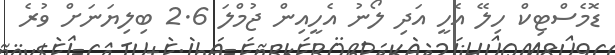
ޑޮމެސްޓިކް ހިލޭ އެހީ އަދި ލޯނު އެހީއިން ޖުމްލަ 2.6 ބިލިޔަނަށް ވުރެ